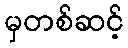
မှတစ်ဆင့်